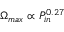
\Omega _ { m a x } \propto P _ { i n } ^ { 0 . 2 7 }